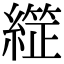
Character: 𦄙